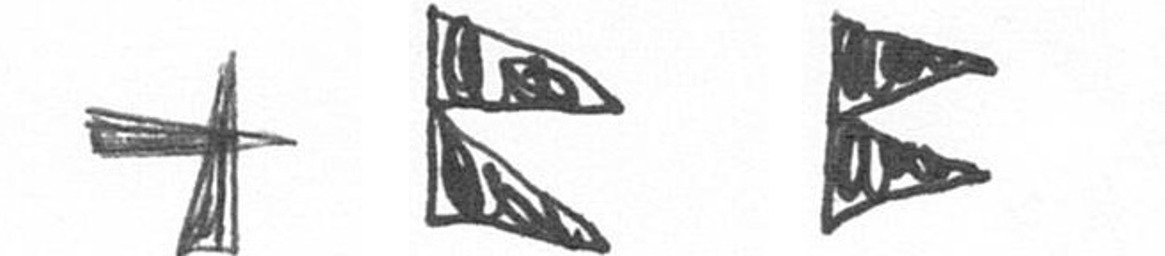
G P P